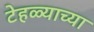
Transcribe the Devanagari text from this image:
टेहळ्याच्या